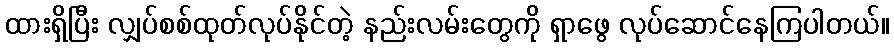
ထားရှိပြီး လျှပ်စစ်ထုတ်လုပ်နိုင်တဲ့ နည်းလမ်းတွေကို ရှာဖွေ လုပ်ဆောင်နေကြပါတယ်။